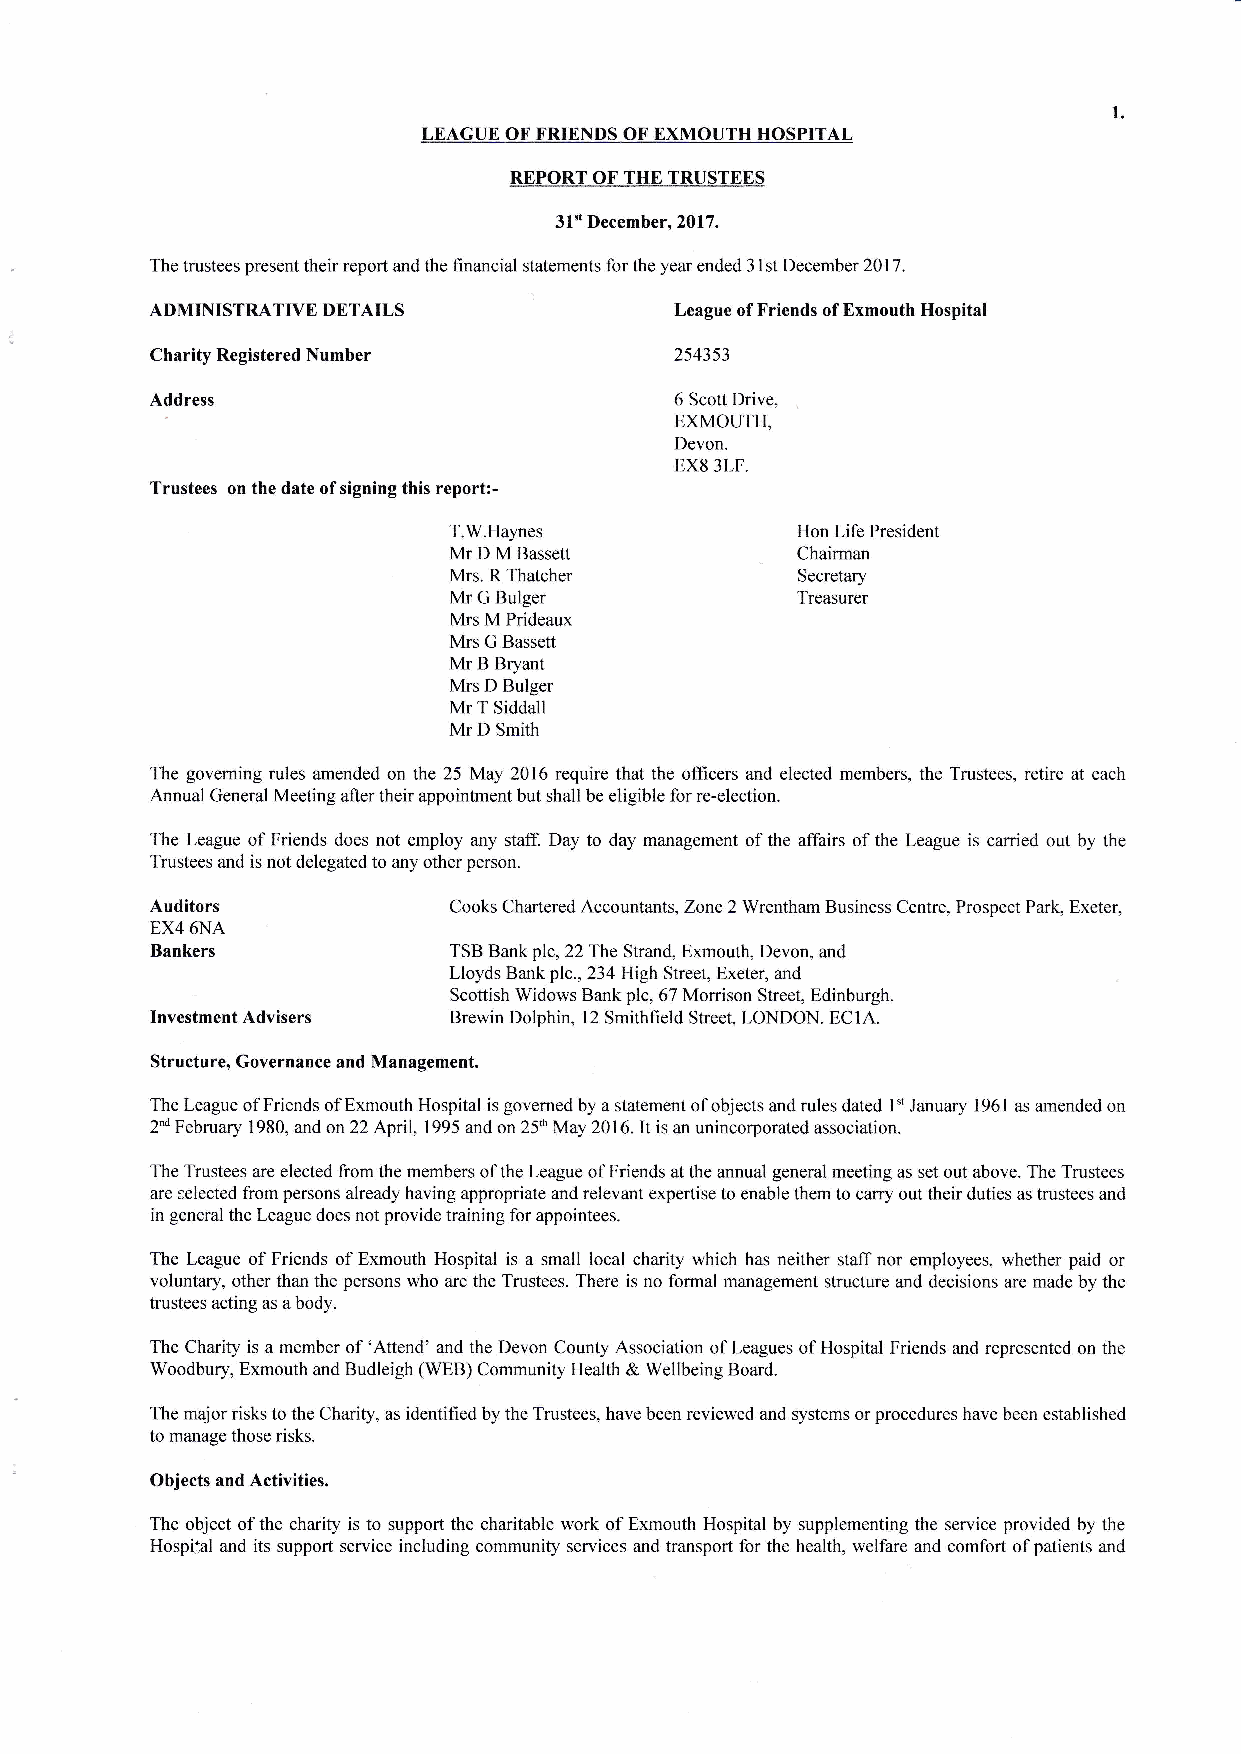
LEAGUE OF FRIENDS OF EXMOUTH HOSPITAL
 REPORT OF THE TRUSTEES
 31't December,2017.
 The trustees present their report and the financial statements for the year ended 3 l st December 201 7.
 ADMINISTRATIVE DETAILS             League of Friends of Exmouth Hospital
 Charity Registered Number          254353
 Address                            6 Scott Drive,
 EXMOUTH,
 Devon.
 EX8 3LF.
 Trustees on the date ofsigning this report:-
 T.W.Haynes             Hon Life President
 Mr D M Bassett         Chairman
 Mrs. R Thatcher        Secretary
 Mr G Bulger            Treasurer
 Mrs M Prideaux
 Mrs G Bassett
 Mr B Bryant
 Mrs D Bulger
 Mr T Siddall
 Mr D Smith
 The goveming rules amended on the 25 May 2016 require that the offrcers and elected members, the Trustees, retire at each
 Annual General Meeting after their appointment but shall be eligible for re-election.
 The League of Friends does not employ any staff. Day to day management of the affairs of the League is carried out by the
 Trustees and is not delegated to any other person.
 Auditors
 Cooks Chartered Accountants, Zone 2 Wrentham Business Centre, Prospect Park, Exeter,
 EX4 6NA
 Bankers             TSB Bank plc,22The Strand, Exmouth, Devon, and
 Lloyds Bank plc.,234 High Street, Exeter, and
 Scottish Widows Bank plc, 67 Morrison Street, Edinburgh.
 Investment Advisers Brewin Dolphin, 12 Smithfield Street, LONDON. ECIA.
 Structure, Governance and Management.
 The League of Friends of Exmouth Hospital is govemed by a statement of objects and rules dated l" January l96l as amended on
 2"d February 1980, and on22 April, 1995 and on 25d May 2016.1f is an unincorporated association.
 The Trustees are elected from the members of the League of Friends at the annual general meeting as set out above. The Trustees
 are selected from persons already having appropriate and relevant expertise to enable them to carry out their duties as trustees and
 in general the League does not provide training for appointees.
 The League of Friends of Exmouth Hospital is a small local charity which has neither staff nor employees, whether paid or
 voluntary, other than the persons who are the Trustees. There is no formal management structure and decisions are made by the
 trustees acting as a body.
 The Charity is a member of 'Attend' and the Devon County Association of Leagues of Hospital Friends and represented on the
 Woodbury, Exmouth and Budleigh (WEB) Community Health & Wellbeing Board.
 The major risks to the Charity, as identified by the Trustees, have been reviewed and systems or procedures have been established
 to manage those risks.
 Objects and Activities.
 The object of the charity is to support the charitable work of Exmouth Hospital by supplementing the service provided by the
 Hosptal and its support service including community services and transport for the health, welfare and comfort of patients and